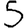
Digit: 5